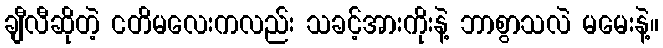
ချီလီဆိုတဲ့ ငတိမလေးကလည်း သခင့်အားကိုးနဲ့ ဘာစွာသလဲ မမေးနဲ့။